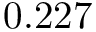
0 . 2 2 7